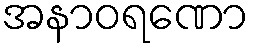
အနာဝရဏော